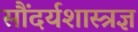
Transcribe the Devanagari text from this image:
सौंदर्यशास्त्रज्ञ